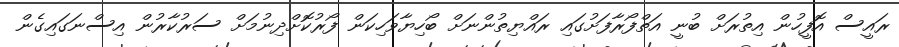
ރައީސް އޮފީހުން އިތުރަށް ބުނީ އަތްފޯރާފަށުގައި ރައްޔިތުންނަށް ބޯހިޔާވަހިކަން ފޯރުކޮށްދިނުމަށް ސަރުކާރުން އިސްނަގައިގެން